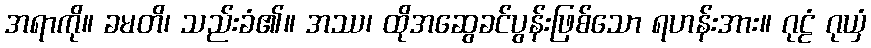
အရာကို။ ခမတိ၊ သည်းခံ၏။ အဿ၊ ထိုအဆွေခင်ပွန်းဖြစ်သော ရဟန်းအား။ ဂုဠံ ဂုယှံ